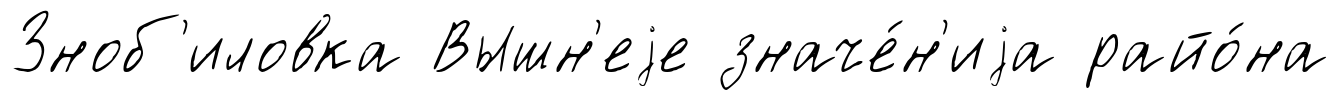
Зноб'иловка Вышн'еjе значе́н'иjа райо́на